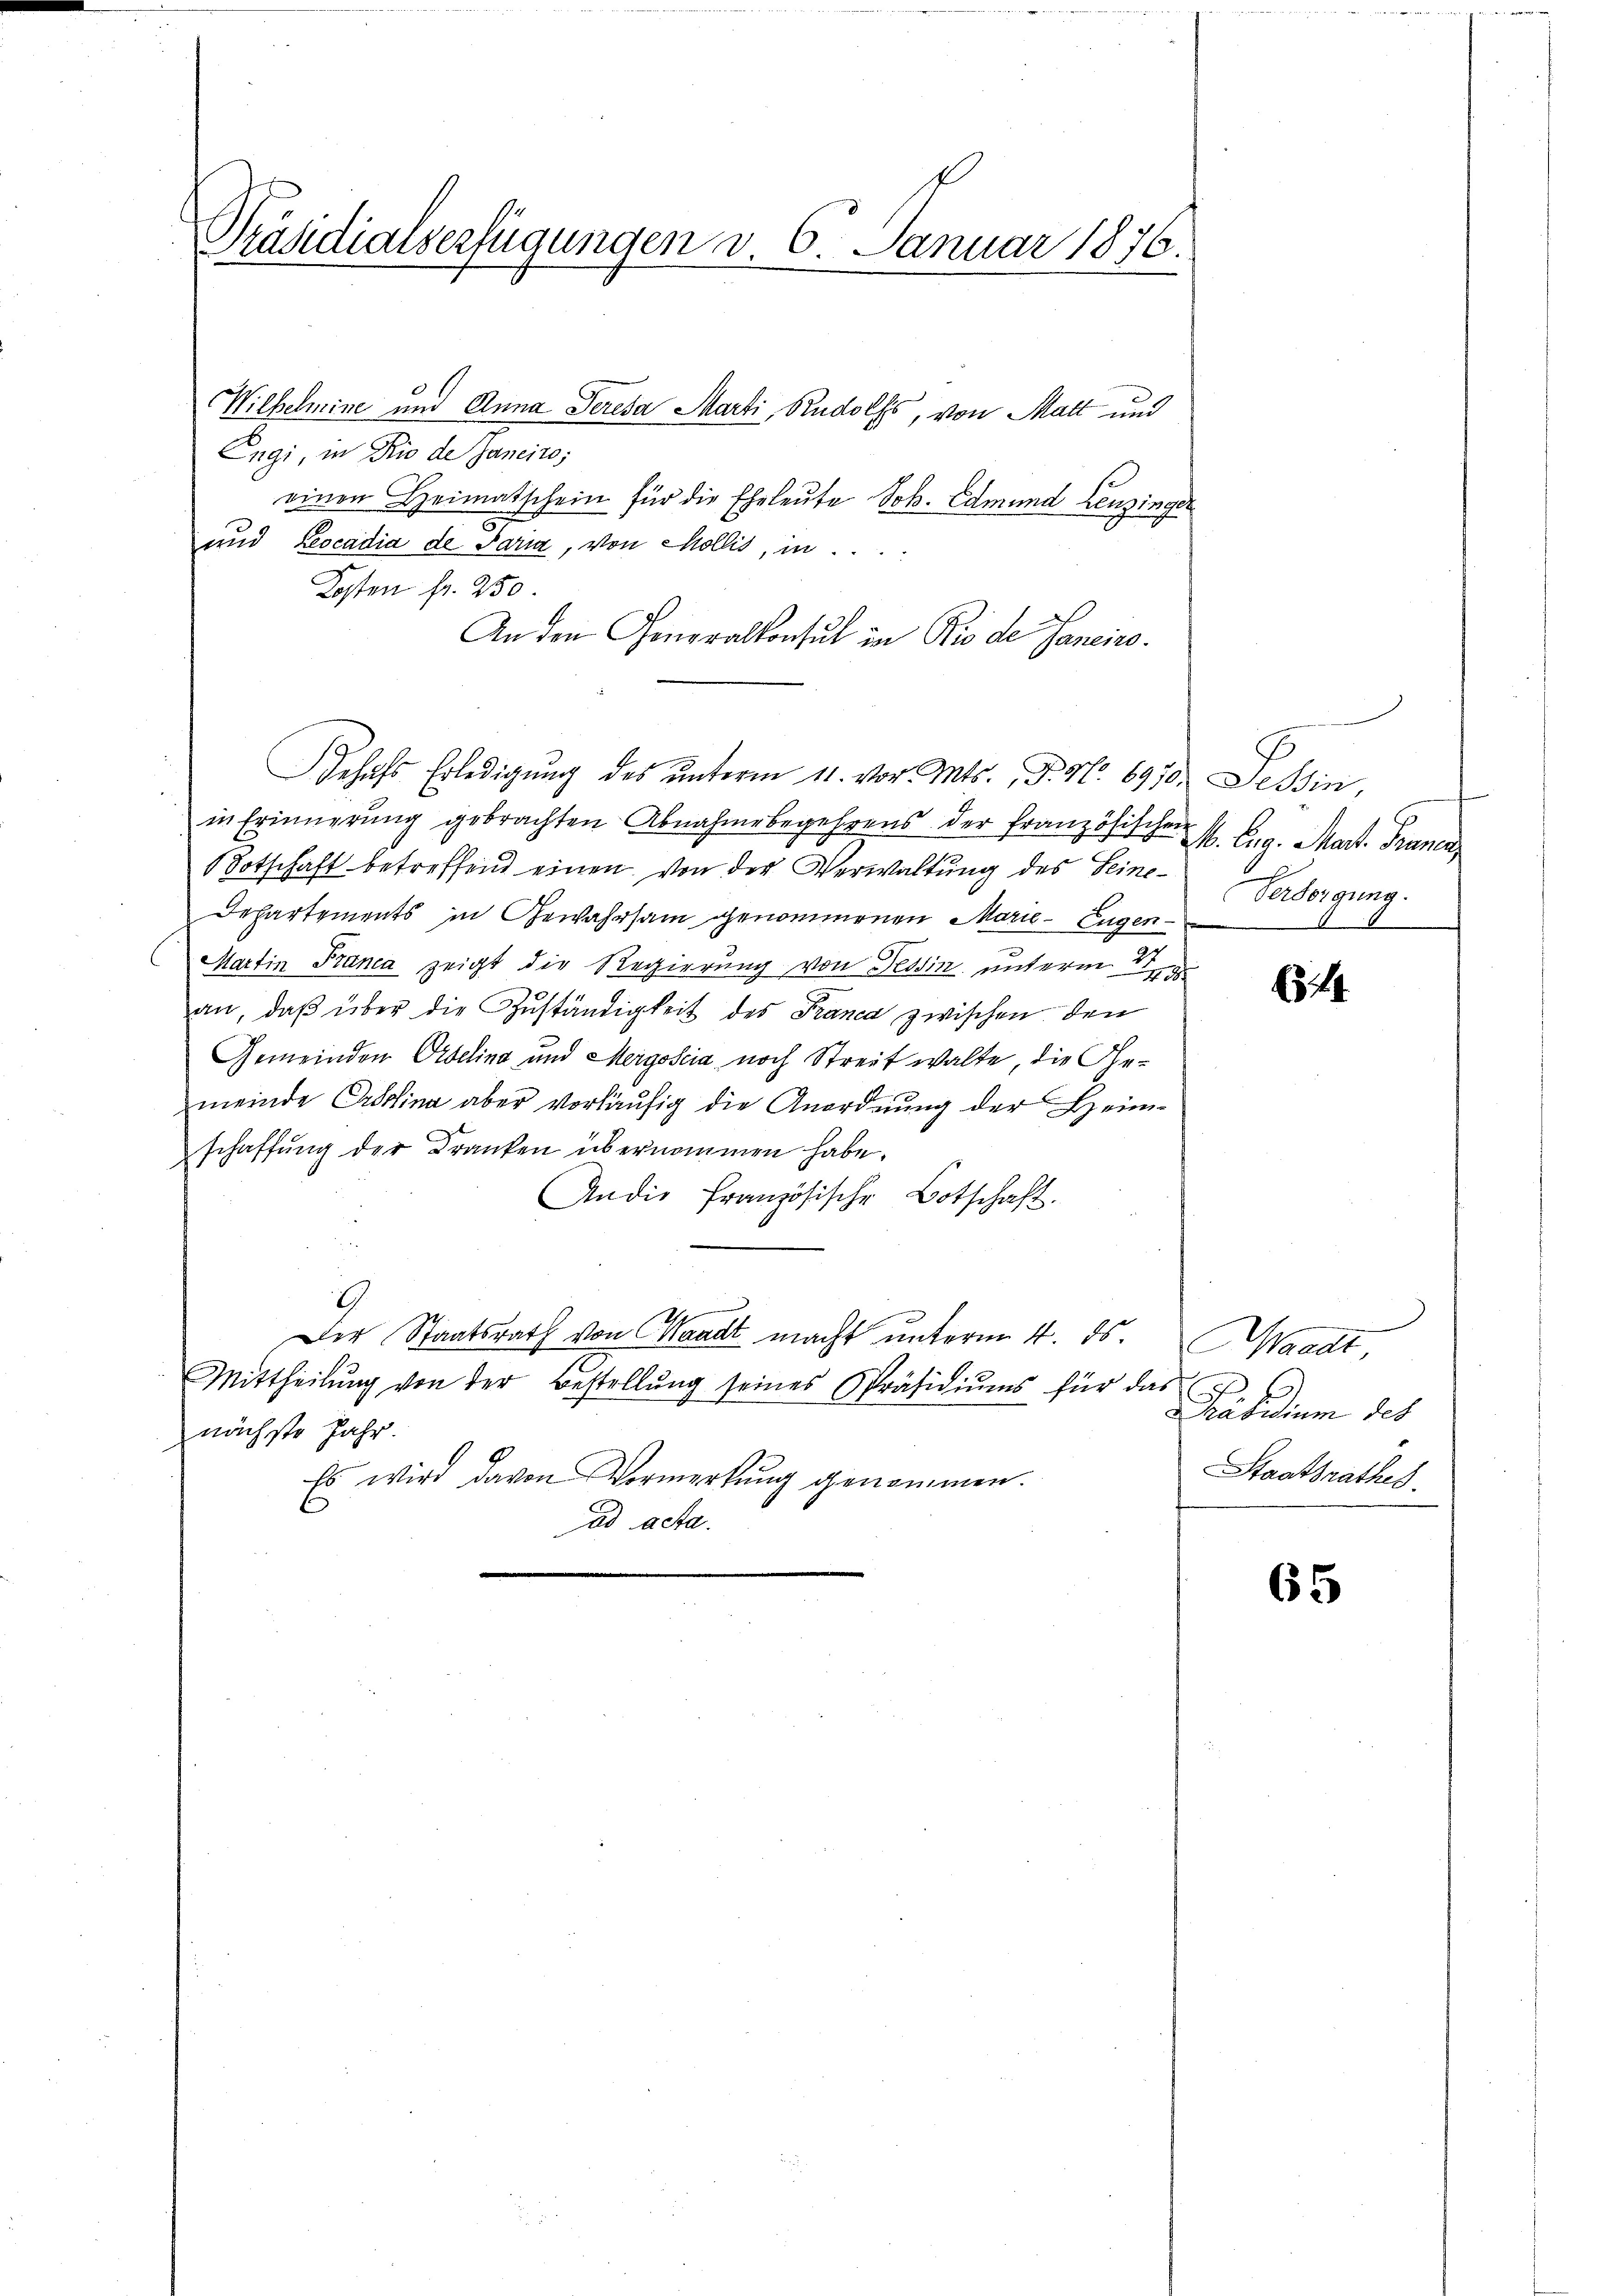
Präsidialserfügungen v. 6. Januar 1876.

Wilhelmine und Anna Seresa Marti, Rudolfs, von Matt und
Engi, in Rio de Janeito;
einen Heimatschein für die Eheleute Joh. Edmund Benzinger
und Rescadia de Paria, von Mollis, in
Kosten fr. 250
An den Generalkonsul in Rio de Janeiro
in Erinnerung gebrachten Abnahmebegehrens der Französischen P. Eug. Mart. Franea
otschaft betreffend einen von der Verwaltung des Seine¬
Departements in Gewahrsam genommenen Marie- Eugen¬
Martin Franca zeigt die Regierung von Tessin unterm 2
an, daß über die Zuständigkeit des Franca zwischen den
Gemeinden Orbelina und Mergoscia noch Streit walte, die Gemeinde Erstina aber vorläufig die Anordnung der Heim-
schaffŭng der Kranken übernommen habe.
An die Französische Botschaft.
Der Staatsrath von Waadt macht unterm 4. ds.
Mittheilŭng von der Bestellŭng seines Präsidiŭms für das
nächste Jahr.
Es wird davon Vormerkŭng genommen.
ad acta.

Wehufs Erledigŭng des ŭnterm 11. vor. Mts., P. Nr. 6970. Tessin,

Versorgung.
A

644

Waadt
Präsidium des
Staatsrathes

65